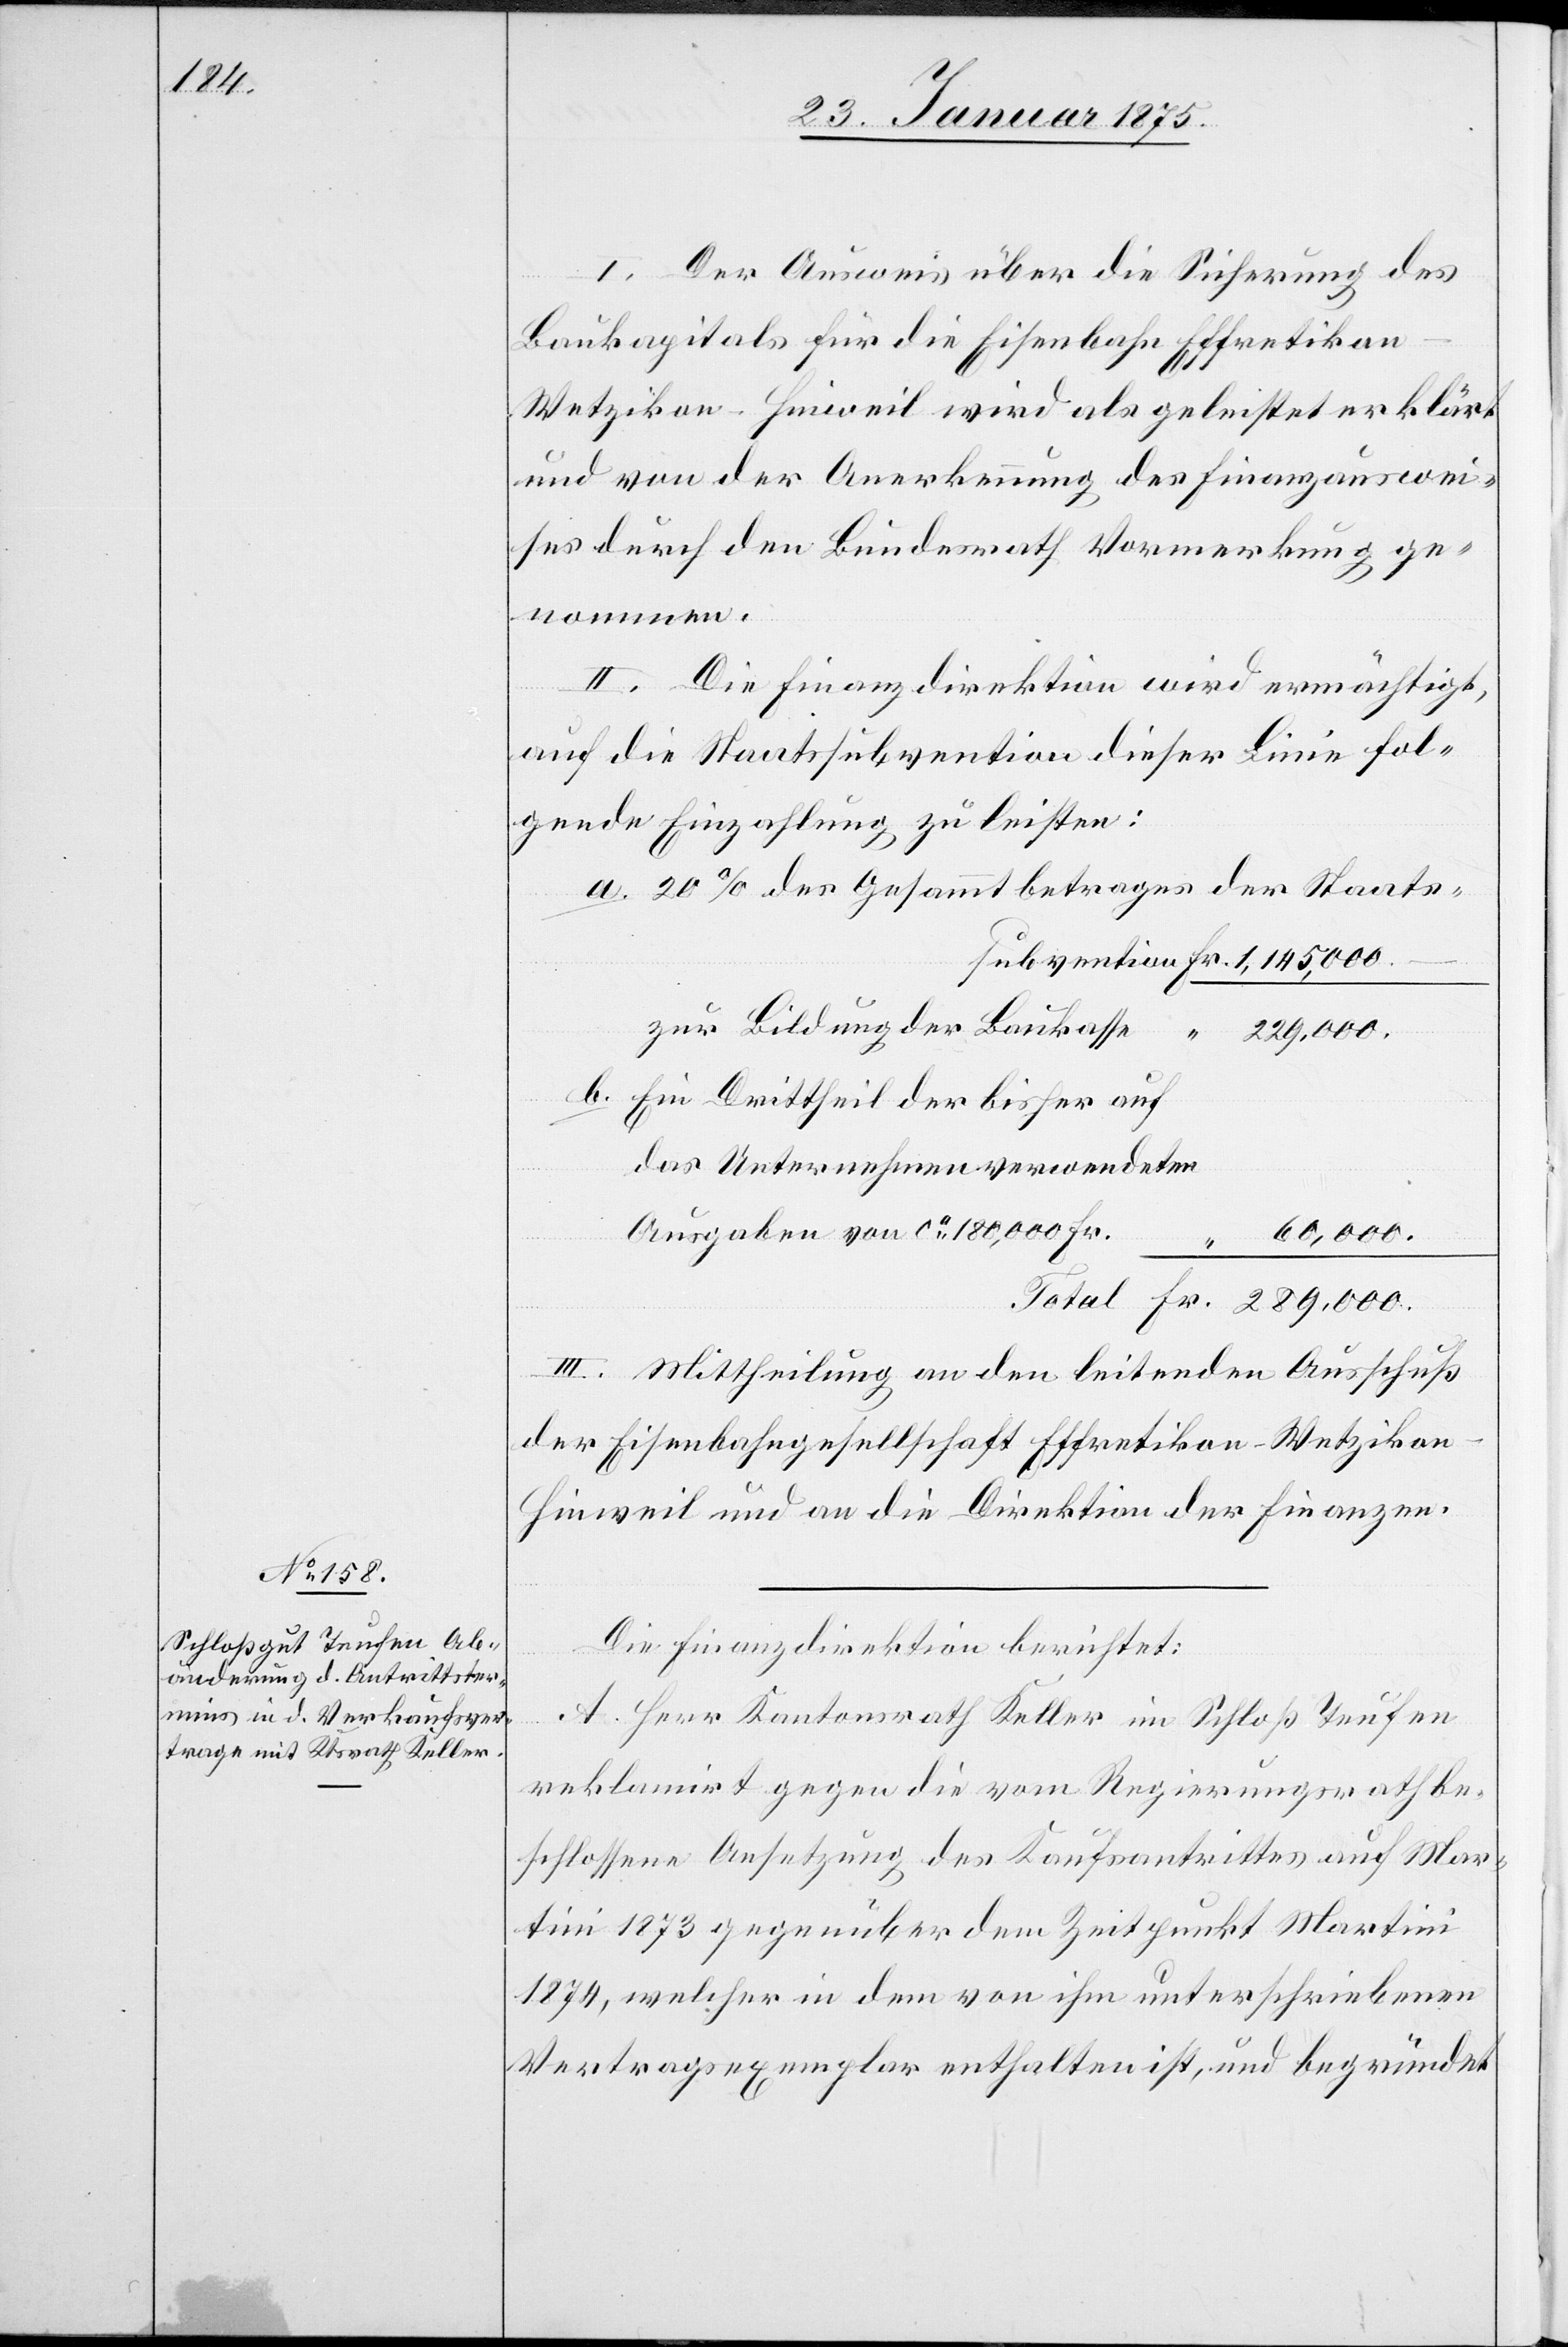
I. Der Ausweis über die Sicherung des
Baukapitals für die Eisenbahn Effretikon–W¬
etzikon–Hinweil wird als geleistet erklärt
und von der Anerkennung des Finanzauswei¬
ses durch den Bundesrath Vormerkung ge¬
nommen.
II. Die Finanzdirektion wird ermächtigt,
auf die Staatssubvention dieser Linie fol¬
gende Einzahlung zu leisten:
a. 20% des Gesammtbetrages der Staatss¬
zur Bildung der Baukasse
Fr.
b. Ein Drittheil der bisher auf
das Unternehmen verwendeten
Ausgaben von ca 180,000 Fr.
289,000.
–
III. Mitheilung an den leitenden Ausschuß
der Eisenbahngesellschaft Effretikon-Wetzikon-H¬
inweil und an die Direktion der Finanzen.
Die Finanzdirektion berichtet:
A. Herr Kantonsrath Keller im Schloß Teufen
reklamirt gegen die vom Regierungsrath be¬
schlossene Ansetzung des Kaufsantrittes auf Mar¬
tini 1873 gegenüber dem Zeitpunkt Martini
1874, welcher in dem von ihm unterschriebenen
Vertragsexemplar enthalten ist, und begründet